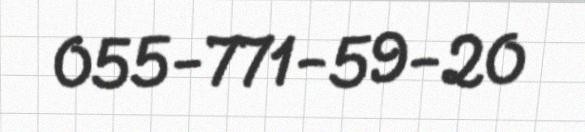
055-771-59-20